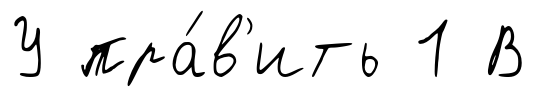
У пра́в'ить 1 В